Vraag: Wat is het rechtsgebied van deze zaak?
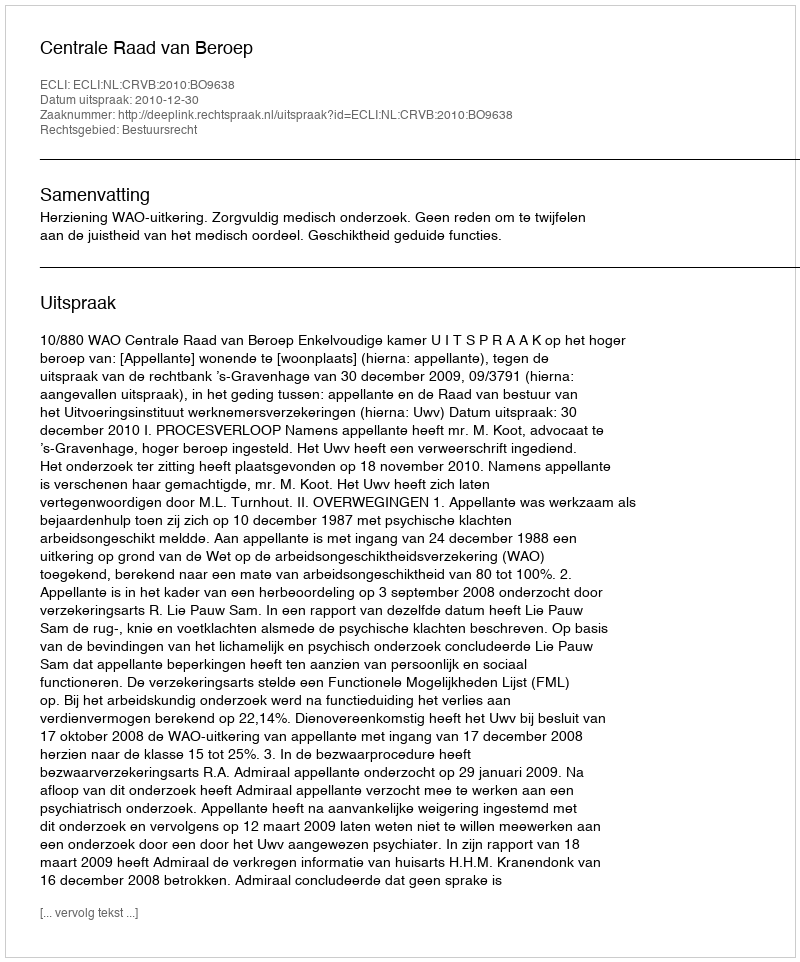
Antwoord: Bestuursrecht